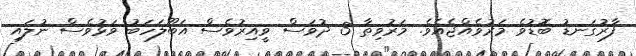
ފާރުގަނޑު ބޮޑުވެ މަރުވެއްޖެއެވެ. މަރުވިތާ 3 ދުވަސް ވީއިރުވެސް އަބޫލަހަބު ވަޅުވެސް ނުލައި